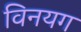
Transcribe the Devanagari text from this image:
विनयग